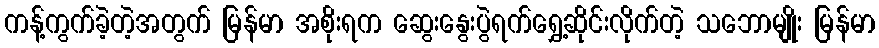
ကန့်ကွက်ခဲ့တဲ့အတွက် မြန်မာ အစိုးရက ဆွေးနွေးပွဲရက်ရွှေ့ဆိုင်းလိုက်တဲ့ သဘောမျိုး မြန်မာ